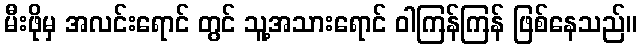
မီးဖိုမှ အလင်းရောင် တွင် သူ့အသားရောင် ဝါကြန်ကြန် ဖြစ်နေသည်။